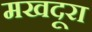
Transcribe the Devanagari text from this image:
मखदूरा